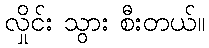
လှိုင်း သွား စီးတယ်။